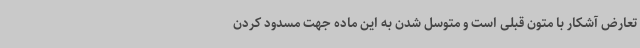
تعارض آشکار با متون قبلی است و متوسل شدن به این ماده جهت مسدود کردن